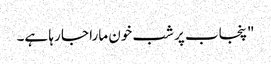
"پنجاب پر شب خون مارا جا رہا ہے۔